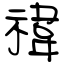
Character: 禕